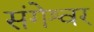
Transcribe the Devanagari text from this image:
संगेश्वर